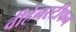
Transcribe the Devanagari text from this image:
वीहेनस्टीफन